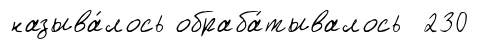
называ́лось обраба́тывалось 230